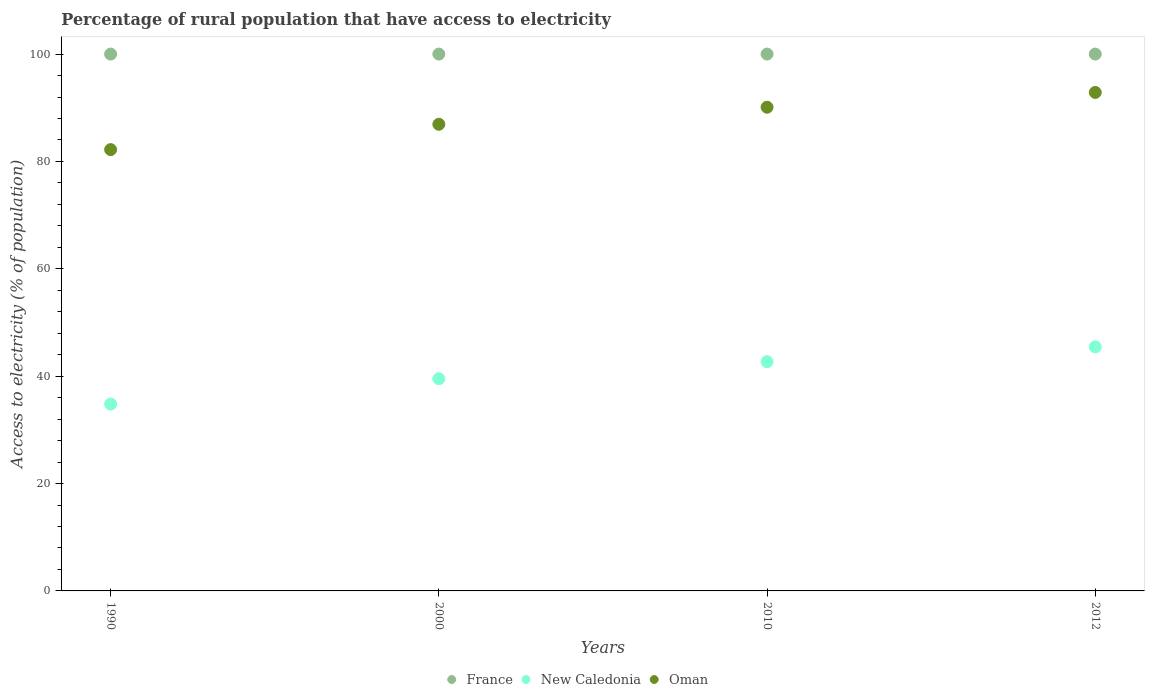
| Years | France | New Caledonia | Oman |
 | --- | --- | --- | --- |
 | 1990 | 100 | 34.8 | 82.2 |
 | 2000 | 100 | 39.5 | 86.9 |
 | 2010 | 100 | 42.7 | 90.1 |
 | 2012 | 100 | 45.5 | 92.9 |